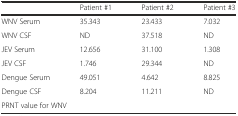
<table><thead><tr><td></td><td><b>Patient #1</b></td><td><b>Patient #2</b></td><td><b>Patient #3</b></td></tr></thead><tbody><tr><td>WNV Serum</td><td>35.343</td><td>23.433</td><td>7.032</td></tr><tr><td>WNV CSF</td><td>ND</td><td>37.518</td><td>ND</td></tr><tr><td>JEV Serum</td><td>12.656</td><td>31.100</td><td>1.308</td></tr><tr><td>JEV CSF</td><td>1.746</td><td>29.344</td><td>ND</td></tr><tr><td>Dengue Serum</td><td>49.051</td><td>4.642</td><td>8.825</td></tr><tr><td>Dengue CSF</td><td>8.204</td><td>11.211</td><td>ND</td></tr><tr><td colspan="4">PRNT value for WNV</td></tr></tbody></table>